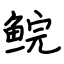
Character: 鲩